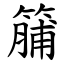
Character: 䈻